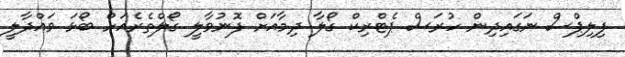
ފިލިޕްސް ނަގައިދިން ހުރަސް ޕެޓްރިކް ގޯލާ ދިމާއަށް ފޮނުވާލީ ގޯލްތެރެއަށް ބޯޅަ ވައްދާލީ